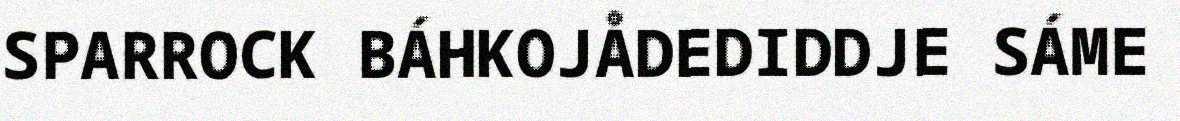
SPARROCK BÁHKOJÅDEDIDDJE SÁME